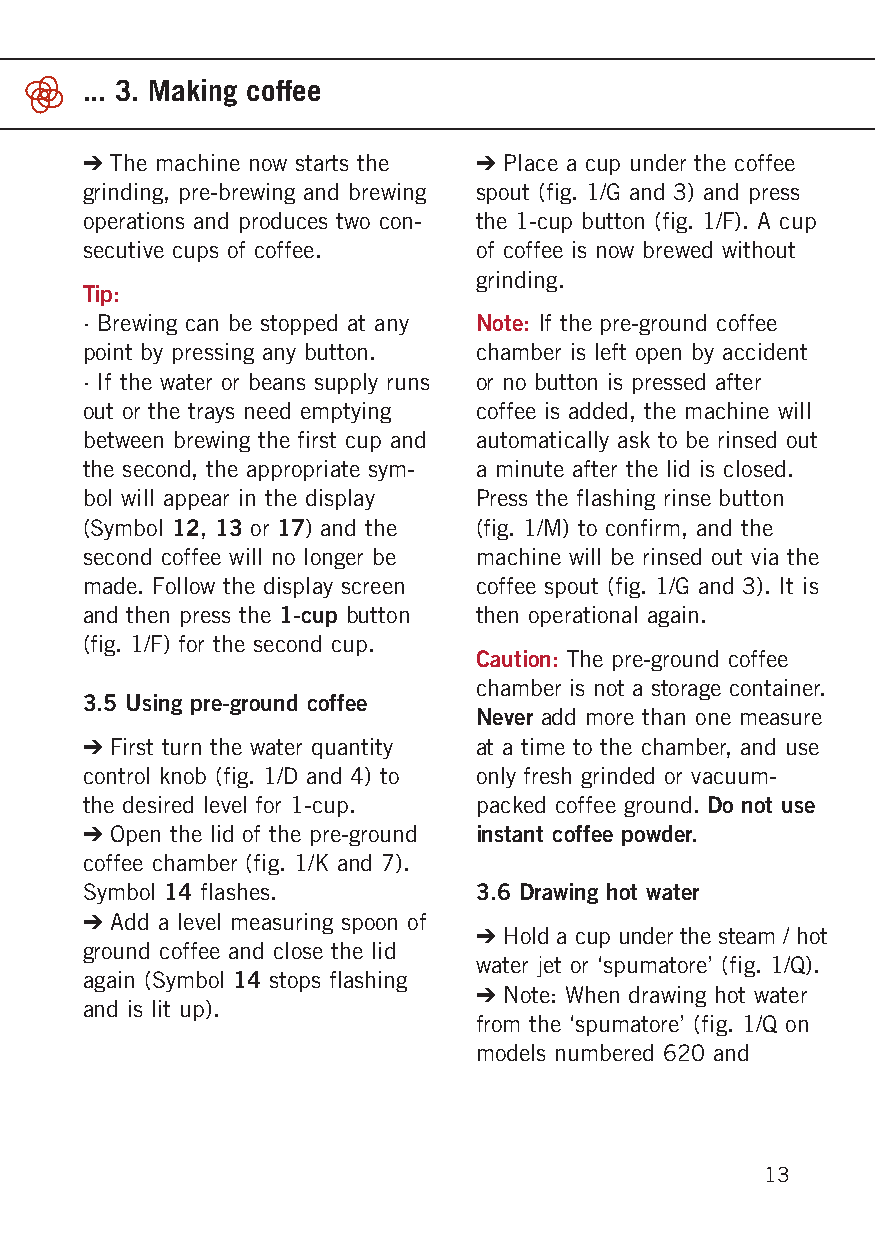
... 3. Making coffee
 ➔ The machine now starts the ➔ Place a cup under the coffee
 grinding, pre-brewing and brewing spout (fig. 1/G and 3) and press
 operations and produces two con- the 1-cup button (fig. 1/F). A cup
 secutive cups of coffee.  of coffee is now brewed without
 grinding.
 Tip:
 · Brewing can be stopped at any Note: If the pre-ground coffee
 point by pressing any button. chamber is left open by accident
 · If the water or beans supply runs or no button is pressed after
 out or the trays need emptying coffee is added, the machine will
 between brewing the first cup and automatically ask to be rinsed out
 the second, the appropriate sym- a minute after the lid is closed.
 bol will appear in the display Press the flashing rinse button
 (Symbol 12, 13 or 17) and the (fig. 1/M) to confirm, and the
 second coffee will no longer be machine will be rinsed out via the
 made. Follow the display screen coffee spout (fig. 1/G and 3). It is
 and then press the 1-cup button then operational again.
 (fig. 1/F) for the second cup.
 Caution: The pre-ground coffee
 chamber is not a storage container.
 3.5 Using pre-ground coffee
 Never add more than one measure
 ➔ First turn the water quantity at a time to the chamber, and use
 control knob (fig. 1/D and 4) to only fresh grinded or vacuum-
 the desired level for 1-cup. packed coffee ground. Do not use
 ➔ Open the lid of the pre-ground instant coffee powder.
 coffee chamber (fig. 1/K and 7).
 Symbol 14 flashes.        3.6 Drawing hot water
 ➔ Add a level measuring spoon of
 ➔ Hold a cup under the steam / hot
 ground coffee and close the lid
 water jet or ‘spumatore’ (fig. 1/Q).
 again (Symbol 14 stops flashing
 ➔ Note: When drawing hot water
 and is lit up).
 from the ‘spumatore’ (fig. 1/Q on
 models numbered 620 and
 13